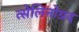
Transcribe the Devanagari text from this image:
त्सेलिनोग्रद